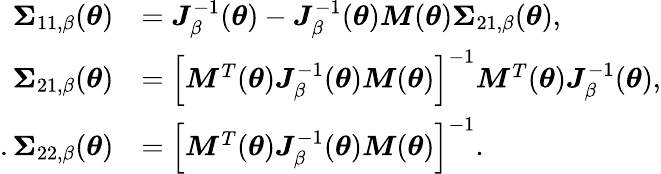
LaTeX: \begin{array}{rl}{\boldsymbol{\Sigma}_{11,\beta}(\boldsymbol{\theta})}&{=\boldsymbol{J}_{\beta}^{-1}(\boldsymbol{\theta})-\boldsymbol{J}_{\beta}^{-1}(\boldsymbol{\theta})\boldsymbol{M}(\boldsymbol{\theta})\boldsymbol{\Sigma}_{21,\beta}(\boldsymbol{\theta}),}\\ {\boldsymbol{\Sigma}_{21,\beta}(\boldsymbol{\theta})}&{=\left[\boldsymbol{M}^{T}(\boldsymbol{\theta})\boldsymbol{J}_{\beta}^{-1}(\boldsymbol{\theta})\boldsymbol{M}(\boldsymbol{\theta})\right]^{-1}\boldsymbol{M}^{T}(\boldsymbol{\theta})\boldsymbol{J}_{\beta}^{-1}(\boldsymbol{\theta}),}\\ {.\boldsymbol{\Sigma}_{22,\beta}(\boldsymbol{\theta})}&{=\left[\boldsymbol{M}^{T}(\boldsymbol{\theta})\boldsymbol{J}_{\beta}^{-1}(\boldsymbol{\theta})\boldsymbol{M}(\boldsymbol{\theta})\right]^{-1}.}\end{array}